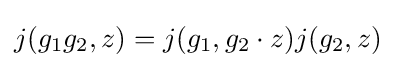
j(g_{1}g_{2},z)=j(g_{1},g_{2}\cdot z)j(g_{2},z)